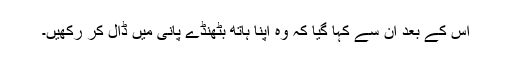
اس کے بعد ان سے کہا گیا کہ وہ اپنا ہاتھ بٹھنڈے پانی میں ڈال کر رکھیں۔